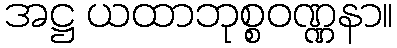
အဋ္ဌ ယထာဘုစ္စဝဏ္ဏနာ။